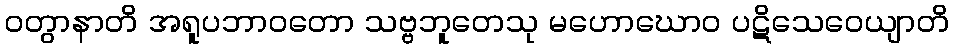
ဝတွာနာတိ အရူပဘာဝတော သဗ္ဗဘူတေသု မဟောဃောဝ ပဋိသေဝေယျာတိ